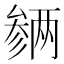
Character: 𪠡